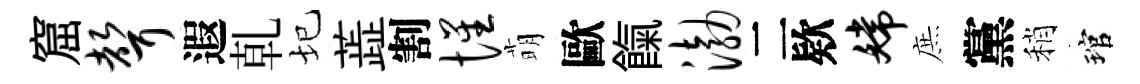
窟声遐乹圮蕋割惺萌歐餼渤二欵嫦庶黨稍琯